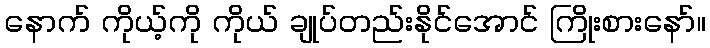
နောက် ကိုယ့်ကို ကိုယ် ချုပ်တည်းနိုင်အောင် ကြိုးစားနော်။